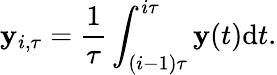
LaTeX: \mathbf{y}_{i,\tau}=\frac{{1}}{{\tau}}\int_{(i-1)\tau}^{i\tau}\mathbf{y}(t)\mathrm{{d}}t.